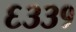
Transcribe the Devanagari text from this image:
६३३१